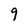
Character: g